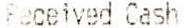
RECEIVED CASH